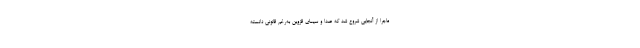
ماجرا از آنجایی شروع شد که صدا و سیمای قزوین به‌رغم قانونی دانسته